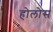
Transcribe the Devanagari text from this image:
होलोस